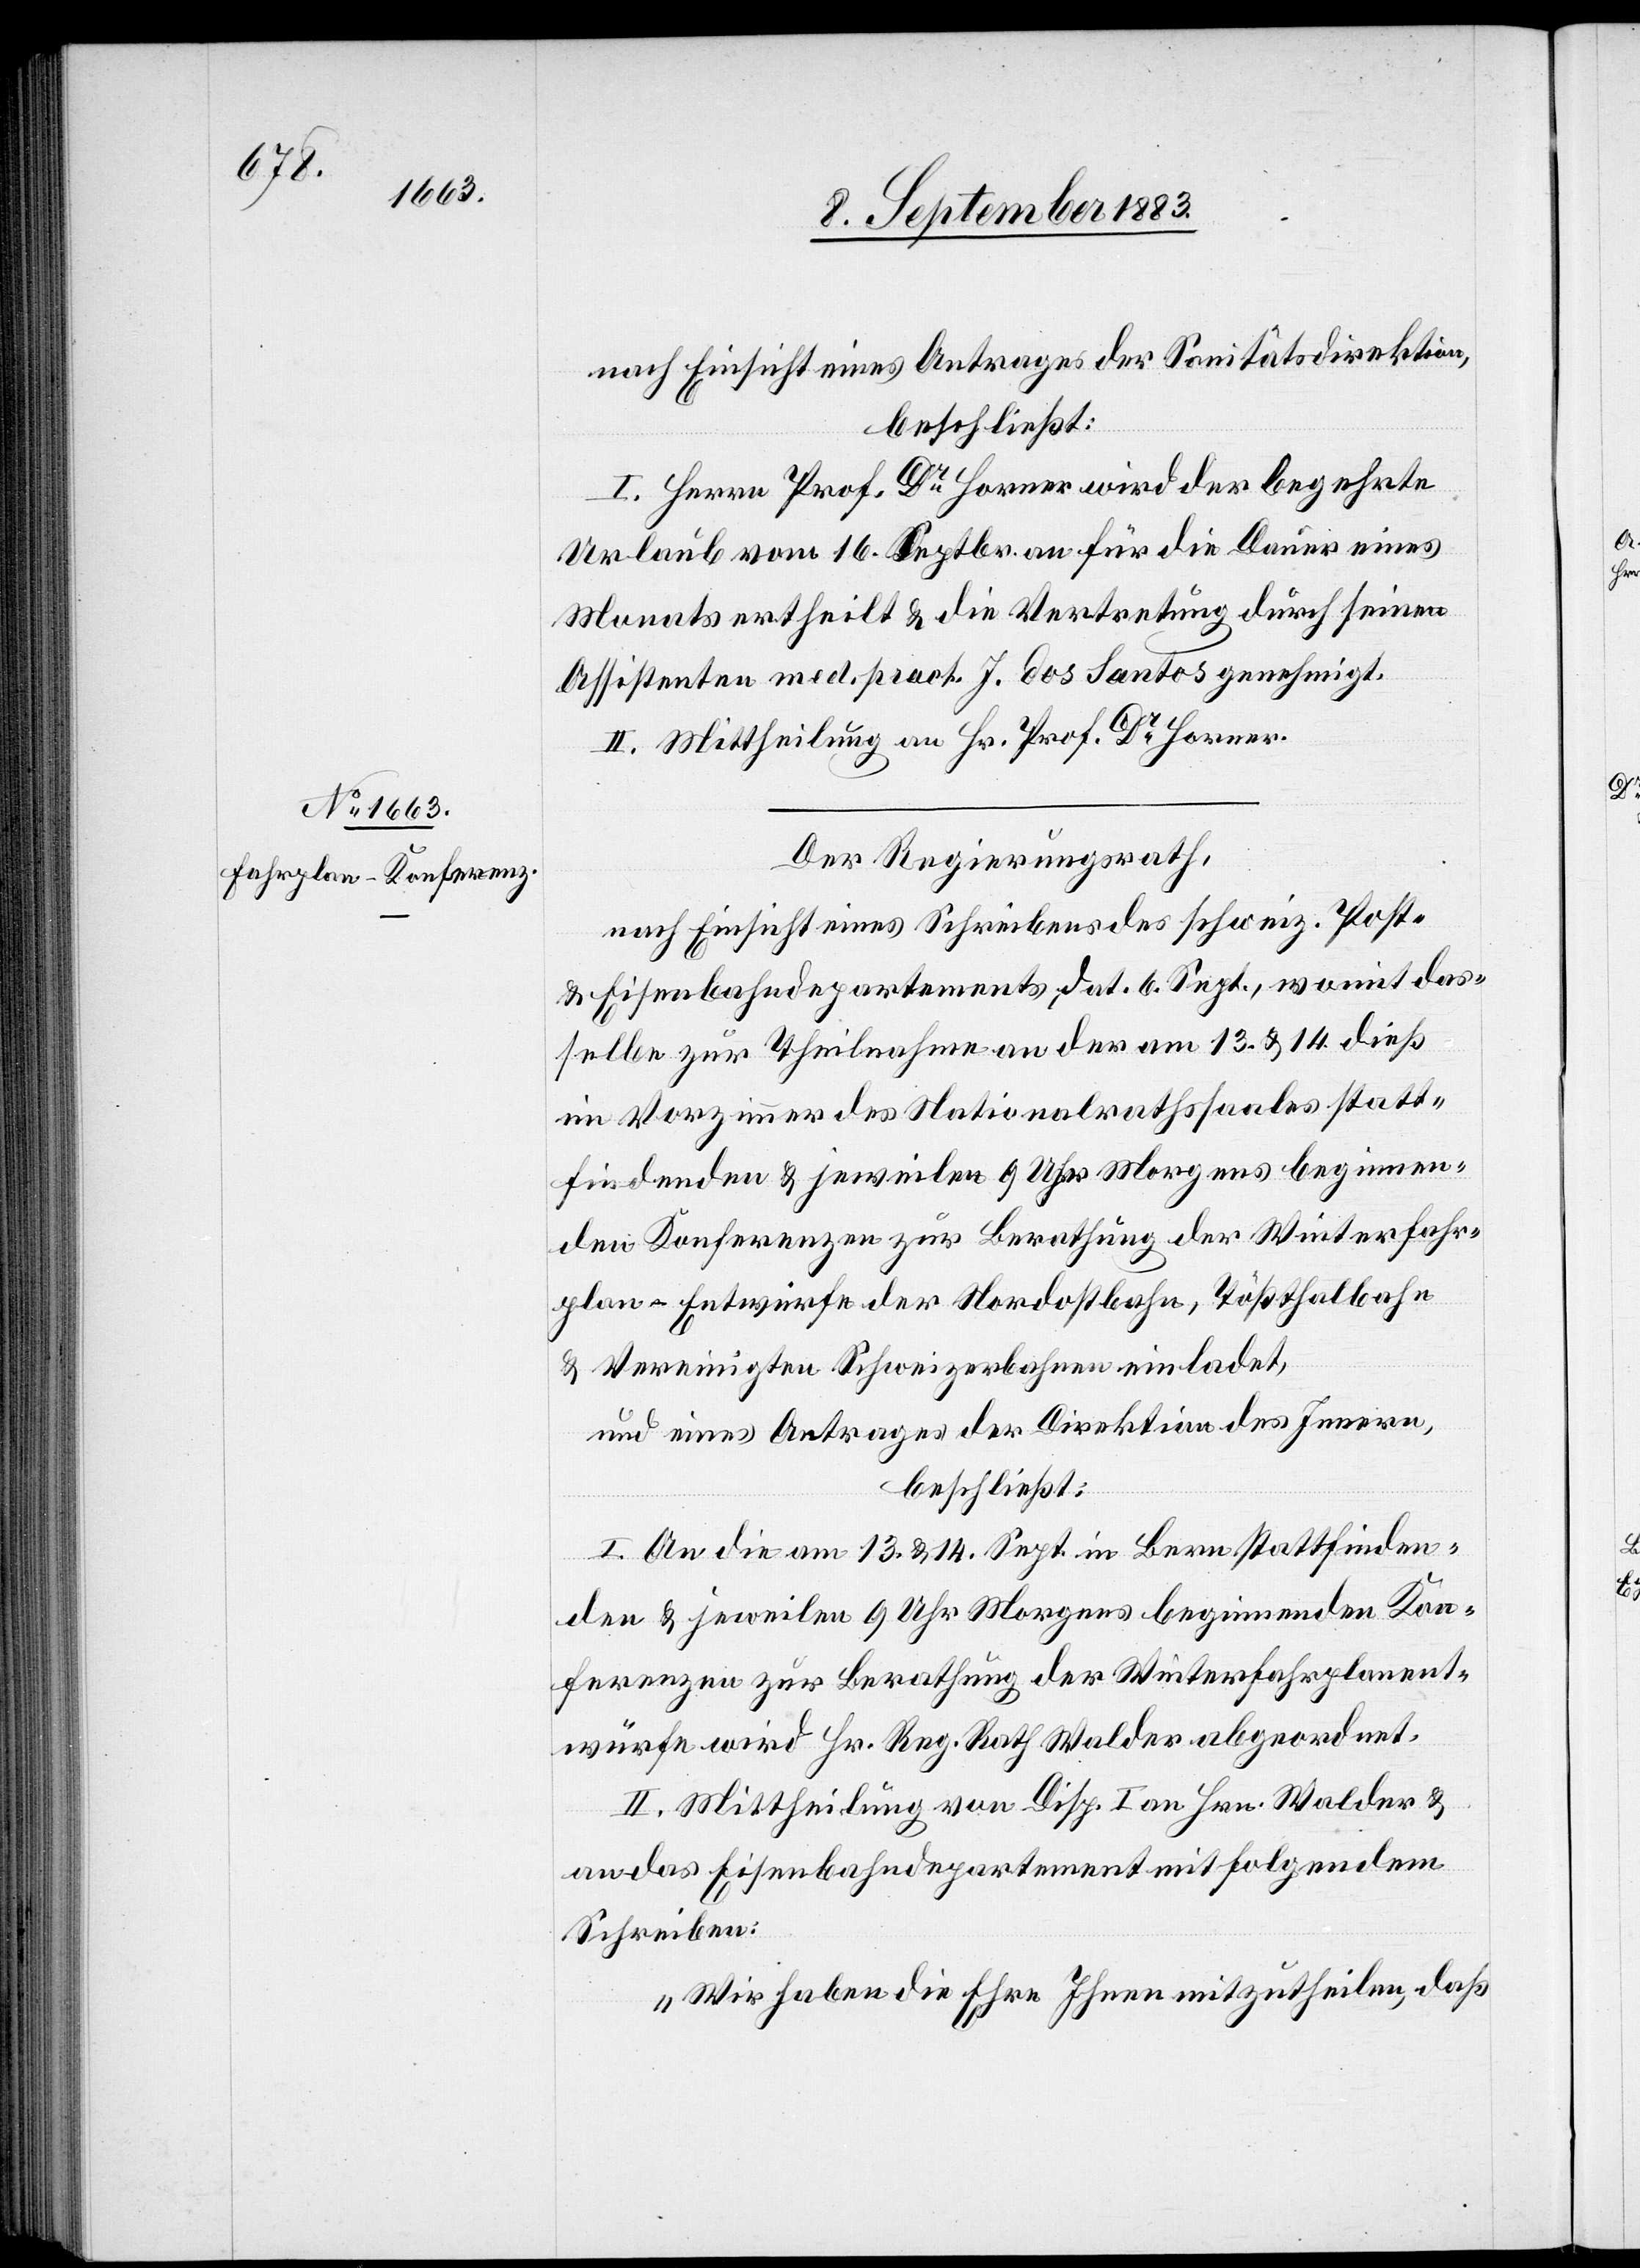
nach Einsicht eines Antrages der Sanitätsdirektion,
beschließt:
I. Herrn Prof. Dr Forrer wird der begehrte
Urlaub vom 16. Septbr. an für die Dauer eines
Monats ertheilt & die Vertretung durch seinen
Assistenten med. pract. J. dos Santos genehmigt.
II. Mittheilung an Hr. Prof. Dr Forrer.
Der Regierungsrath,
nach Einsicht eines Schreibens des schweiz. Post-
& Eisenbahndepartements, dat. 6. Sept., womit das¬
selbe zur Theilnahme an der am 13. & 14. dieß
im Vorzimmer des Nationalrathssaales statt¬
findenden & jeweilen 9 Uhr Morgens beginnen¬
den Konferenzen zur Berathung der Winterfahr¬
plan-Entwürfe der Nordostbahn, Tößthalbahn
& Vereinigten Schweizerbahnen einladet,
und eines Antrages der Direktion des Innern,
beschließt:
I. An die am 13. & 14. Sept. in Bern stattfinden¬
den & jeweilen 9 Uhr Morgens beginnenden Kon¬
ferenzen zur Berathung der Winterfahrplanent¬
würfe wird Hr. Reg. Rath Walder abgeordnet.
II. Mittheilung von Disp. I an Hrn. Walder &
an das Eisenbahndepartement mit folgendem
Schreiben:
„Wir haben die Ehre Ihnen mitzutheilen, daß